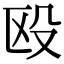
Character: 殴